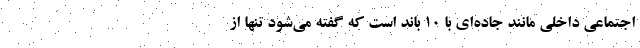
اجتماعی داخلی مانند جاده‌ای با ۱۰ باند است که گفته می‌شود تنها از